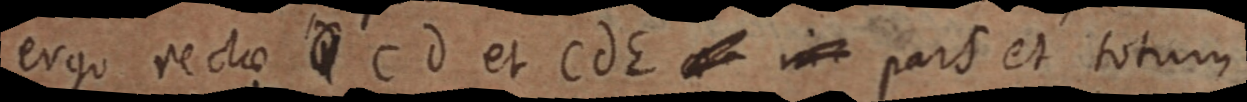
ergo rectae Cd et CdE et in pars et totum